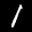
Label: 1